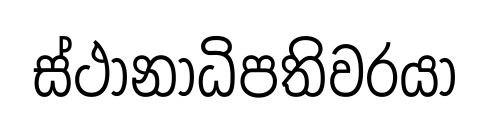
ස්ථානාධිපතිවරයා